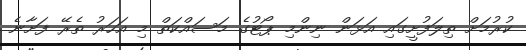
ކުރުމަށް ތިލަފުށީގައި އަޅަން ނިންމި ޕޯޓުގެ މަސައްކަތް މި އަހަރު ތެރޭ ފަށާނެ